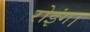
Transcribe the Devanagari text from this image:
रोइंग।